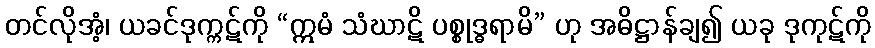
တင်လိုအံ့၊ ယခင်ဒုက္ကဋ်ကို “ဣမံ သံဃာဋိ ပစ္စုဒ္ဓရာမိ” ဟု အဓိဋ္ဌာန်ချ၍ ယခု ဒုကုဋ်ကို